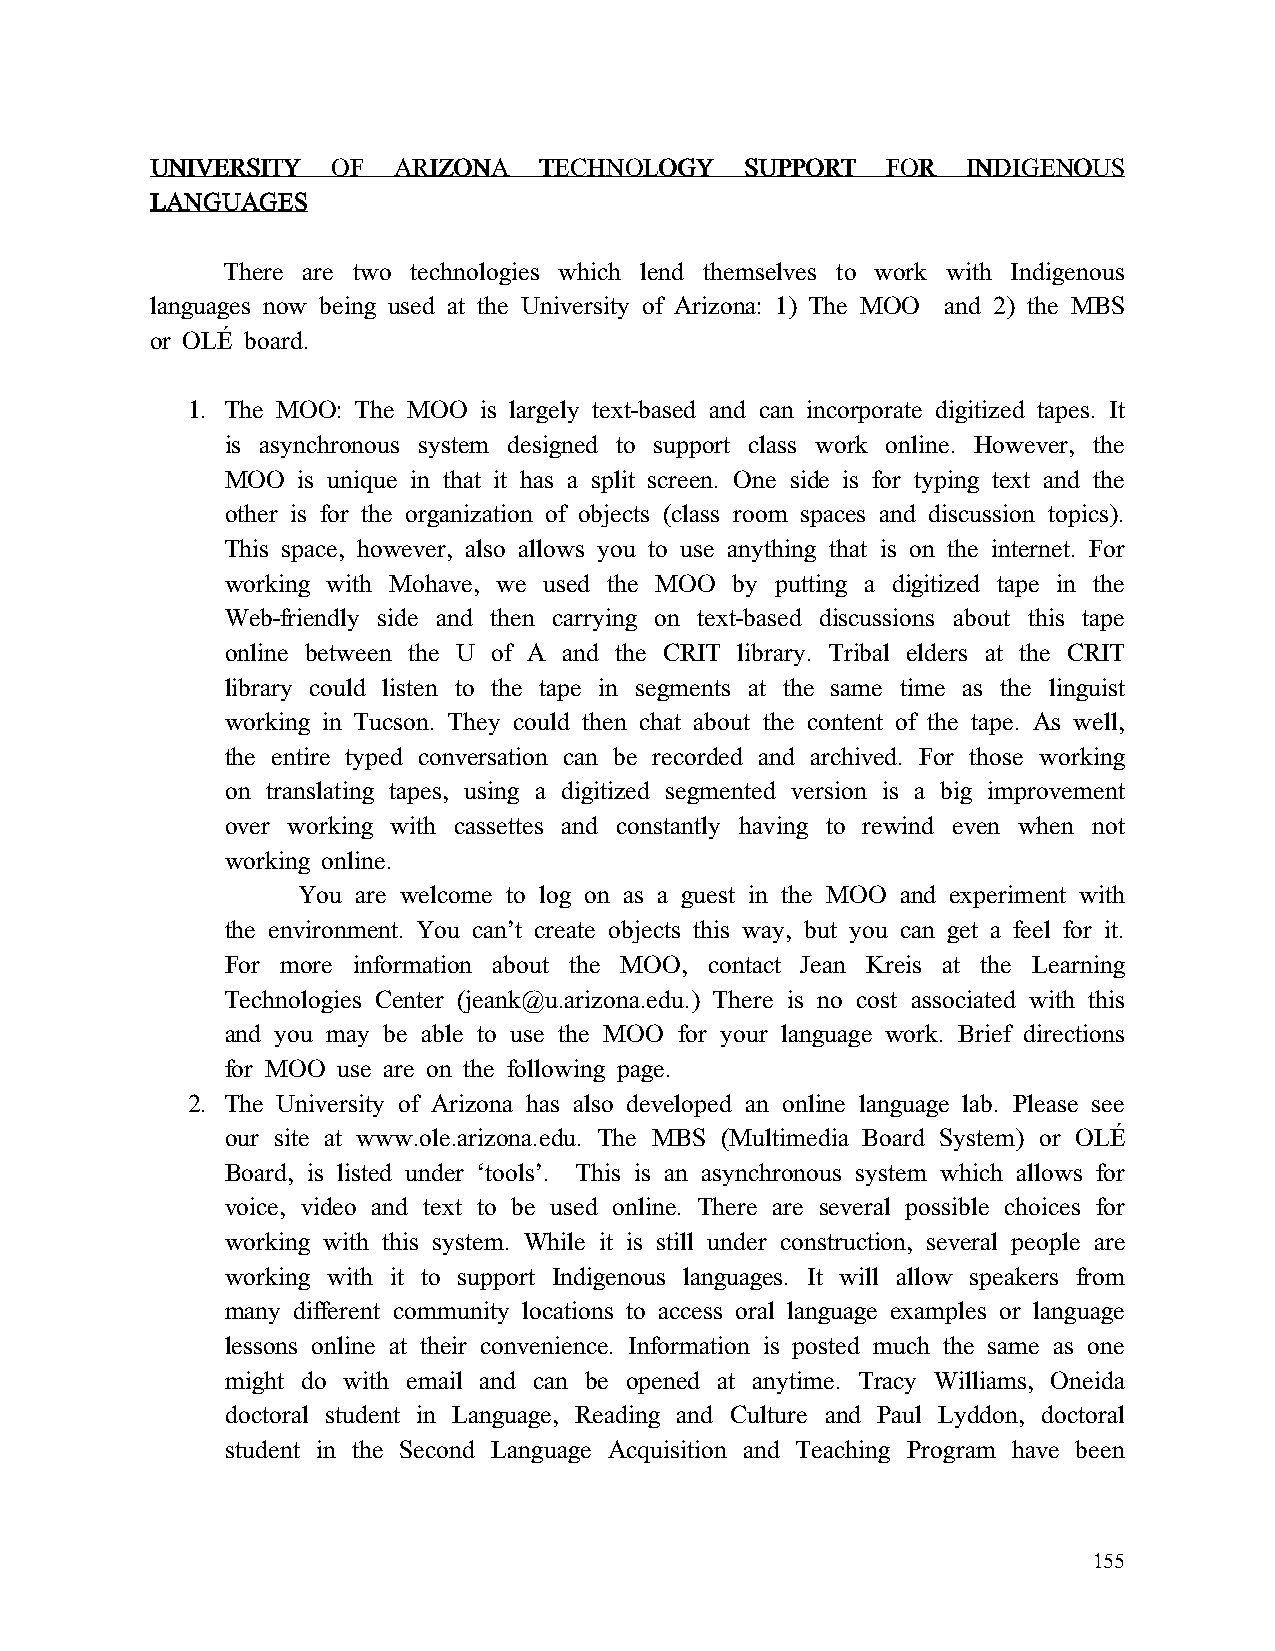
UUUUNNNNIIIIVVVVEEEERRRRSSSSIIIITTTTYYYY OOOOFFFF AAAARRRRIIIIZZZZOOOONNNNAAAA TTTTEEEECCCCHHHHNNNNOOOOLLLLOOOOGGGGYYYY SSSSUUUUPPPPPPPPOOOORRRRTTTT FFFFOOOORRRR IIIINNNNDDDDIIIIGGGGEEEENNNNOOOOUUUUSSSS
 LLLLAAAANNNNGGGGUUUUAAAAGGGGEEEESSSS
 There are two technologies which lend themselves to work with Indigenous
 languages now being used at the University of Arizona: 1) The MOO and 2) the MBS
 or OLh board.
 1. The MOO: The MOO is largely text-based and can incorporate digitized tapes. It
 is asynchronous system designed to support class work online. However, the
 MOO  is unique in that it has a split screen. One side is for typing text and the
 other is for the organization of objects (class room spaces and discussion topics).
 This space, however, also allows you to use anything that is on the internet. For
 working with Mohave, we used the MOO by putting a digitized tape in the
 Web-friendly side and then carrying on text-based discussions about this tape
 online between the U of A and the CRIT library. Tribal elders at the CRIT
 library could listen to the tape in segments at the same time as the linguist
 working in Tucson. They could then chat about the content of the tape. As well,
 the entire typed conversation can be recorded and archived. For those working
 on translating tapes, using a digitized segmented version is a big improvement
 over working with cassettes and constantly having to rewind even when not
 working online.
 You are welcome to log on as a guest in the MOO and experiment with
 the environment. You can’t create objects this way, but you can get a feel for it.
 For more information about the MOO, contact Jean Kreis at the Learning
 Technologies Center (jeank@u.arizona.edu.) There is no cost associated with this
 and you may be able to use the MOO for your language work. Brief directions
 for MOO use are on the following page.
 2. The University of Arizona has also developed an online language lab. Please see
 our site at www.ole.arizona.edu. The MBS (Multimedia Board System) or OLh
 Board, is listed under ‘tools’. This is an asynchronous system which allows for
 voice, video and text to be used online. There are several possible choices for
 working with this system. While it is still under construction, several people are
 working with it to support Indigenous languages. It will allow speakers from
 many different community locations to access oral language examples or language
 lessons online at their convenience. Information is posted much the same as one
 might do with email and can be opened at anytime. Tracy Williams, Oneida
 doctoral student in Language, Reading and Culture and Paul Lyddon, doctoral
 student in the Second Language Acquisition and Teaching Program have been
 155